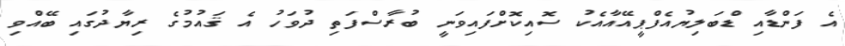
އެ ފަންޑާއި ޑްބަލިޔުއެފްޕީއޭއާއެކު ސޮއިކޮށްފައިވަނީ ބުރާސްފަތި ދުވަހު އެ ޤައުމުގެ ރިޔާދުގައި ބޭއްވި